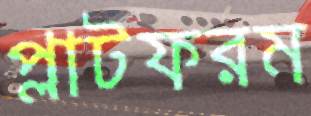
প্লাটফরম